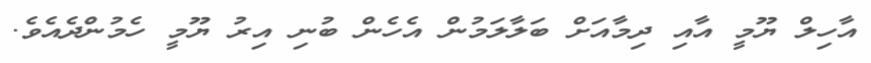
އާހިލް ޔޫމީ އާއި ދިމާއަށް ބަލާލަމުން އެހެން ބުނި އިރު ޔޫމީ ހެމުންދެއެވެ.